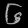
Digit: ၆